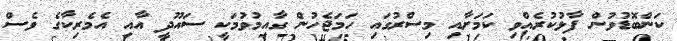
ކަންބޮޑުވުން ފާޅުކުރެއްވި ކަމަށާއި މިސްރުގައި ހަމަޖެހުން ގާއިމުވުމަކީ ސައޫދީ އާއި އެމެރިކާގެ ވެސް